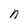
Character: n